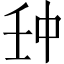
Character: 𠁪